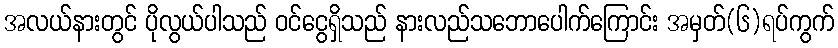
အလယ်နားတွင် ပိုလွယ်ပါသည် ဝင်ငွေရှိသည် နားလည်သဘောပေါက်ကြောင်း အမှတ်(၆)ရပ်ကွက်